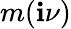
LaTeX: m(\mathbf{i}\nu)